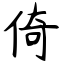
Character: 倚